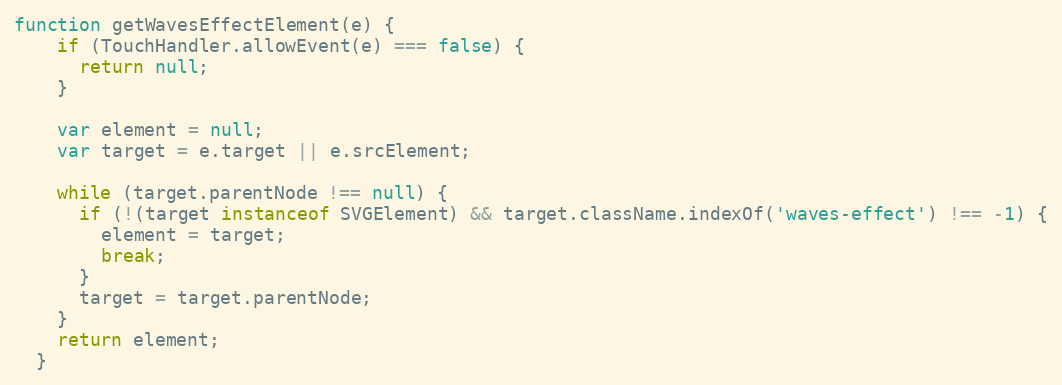
Language: JavaScript
function getWavesEffectElement(e) {
    if (TouchHandler.allowEvent(e) === false) {
      return null;
    }

    var element = null;
    var target = e.target || e.srcElement;

    while (target.parentNode !== null) {
      if (!(target instanceof SVGElement) && target.className.indexOf('waves-effect') !== -1) {
        element = target;
        break;
      }
      target = target.parentNode;
    }
    return element;
  }